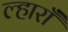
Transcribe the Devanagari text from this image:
ल्हाराँ